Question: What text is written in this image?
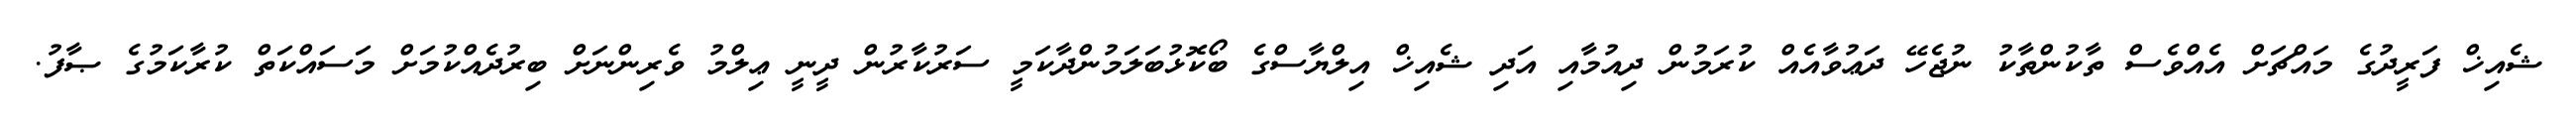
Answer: ޝެއިޚް ފަރީދުގެ މައްޗަށް އެއްވެސް ތާކުންތާކު ނުޖެހޭ ދަޢުވާއެއް ކުރަމުން ދިއުމާއި އަދި ޝެއިޚް އިލްޔާސްގެ ބޯކޮޅުބަލަމުންދާކަމީ ސަރުކާރުން ދީނީ ޢިލްމު ވެރިންނަށް ބިރުދެއްކުމަށް މަސައްކަތް ކުރާކަމުގެ ޞާފު.